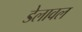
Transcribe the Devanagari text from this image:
डेलावल